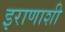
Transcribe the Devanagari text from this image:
इराणाशी